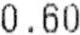
0.60